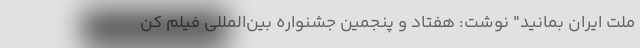
ملت ایران بمانید" نوشت: هفتاد و پنجمین جشنواره بین‌المللی فیلم کن